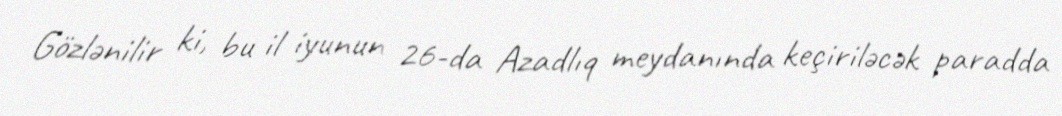
Gözlənilir ki, bu il iyunun 26-da Azadlıq meydanında keçiriləcək paradda